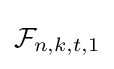
{\mathcal {F}}_{n,k,t,1}